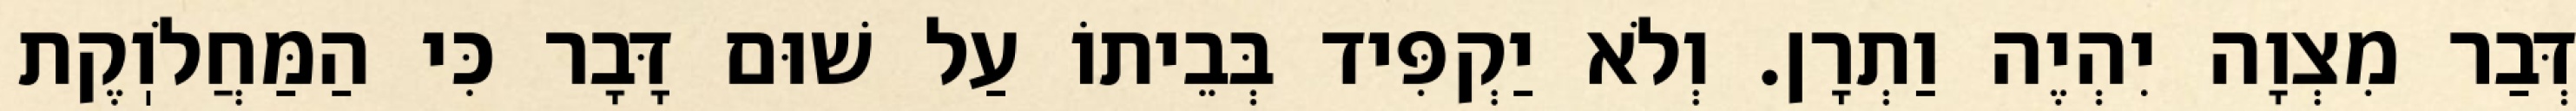
דְּבַר מִצְוָה יִהְיֶה וַתְרָן. וְלֹא יַקְפִּיד בְּבֵיתוֹ עַל שׁוּם דָּבָר כִּי הַמַּחֲלֹוֽקֶת